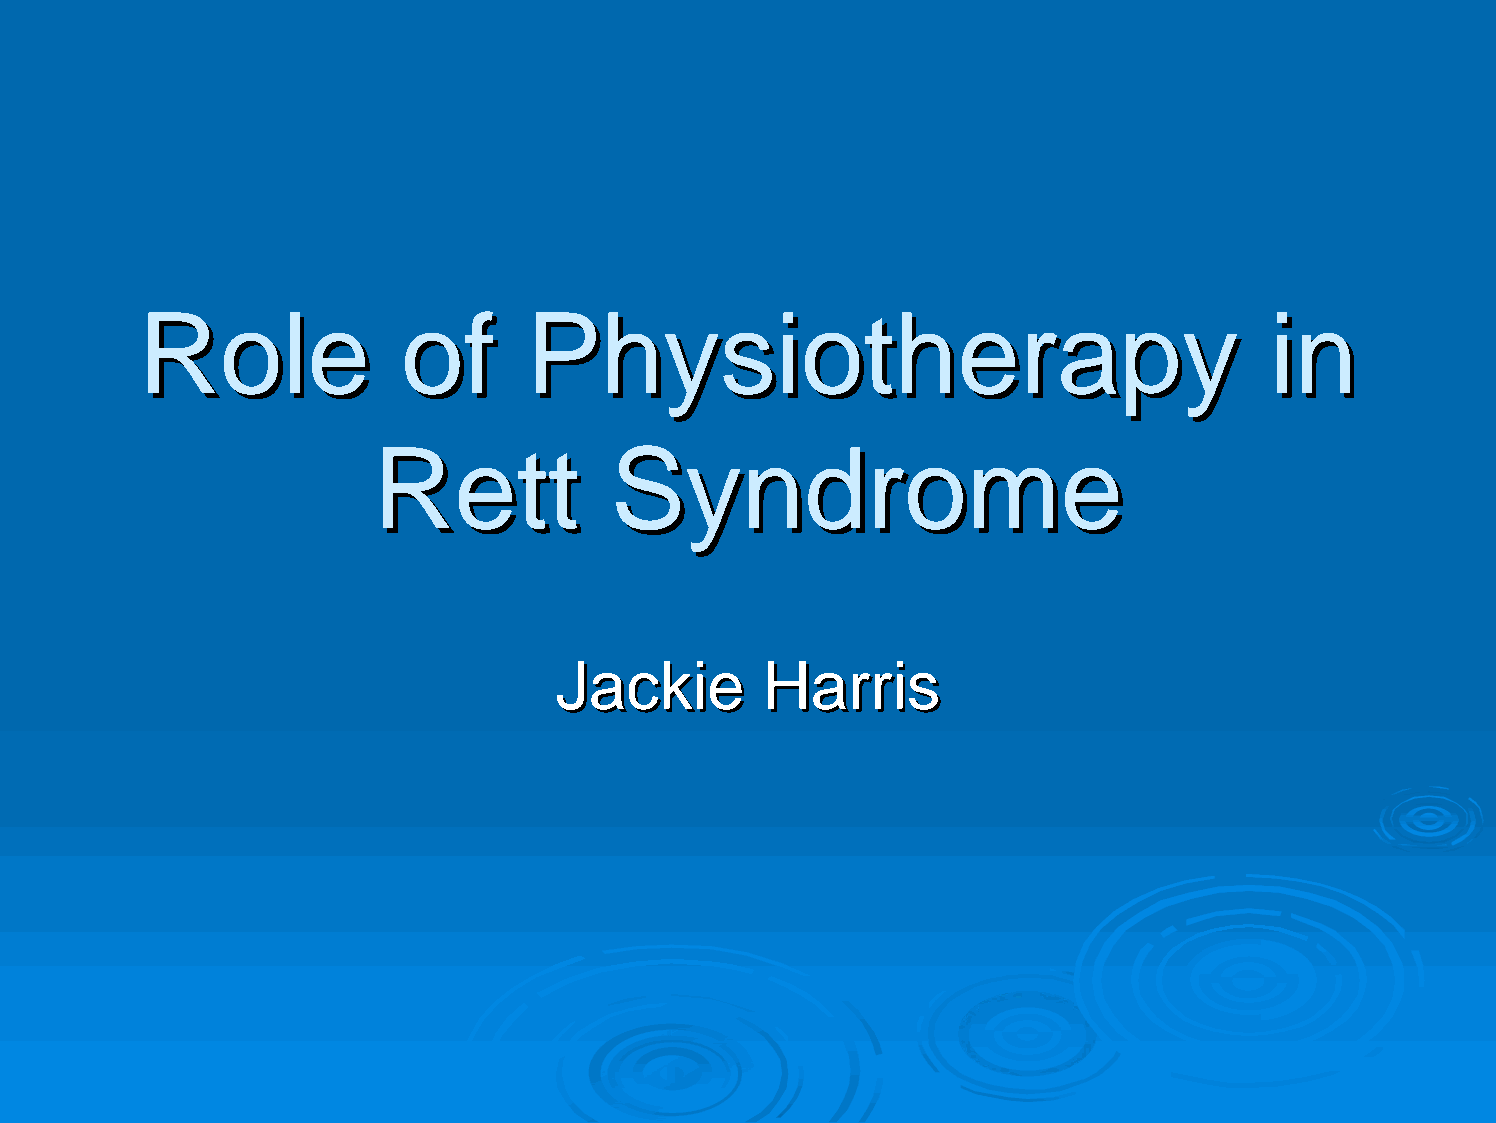
RRoollee         ooff    PPhhyyssiiootthheerraappyy                        iinn
 RReetttt        SSyynnddrroommee
 JJaacckkiiee  HHaarrrriiss